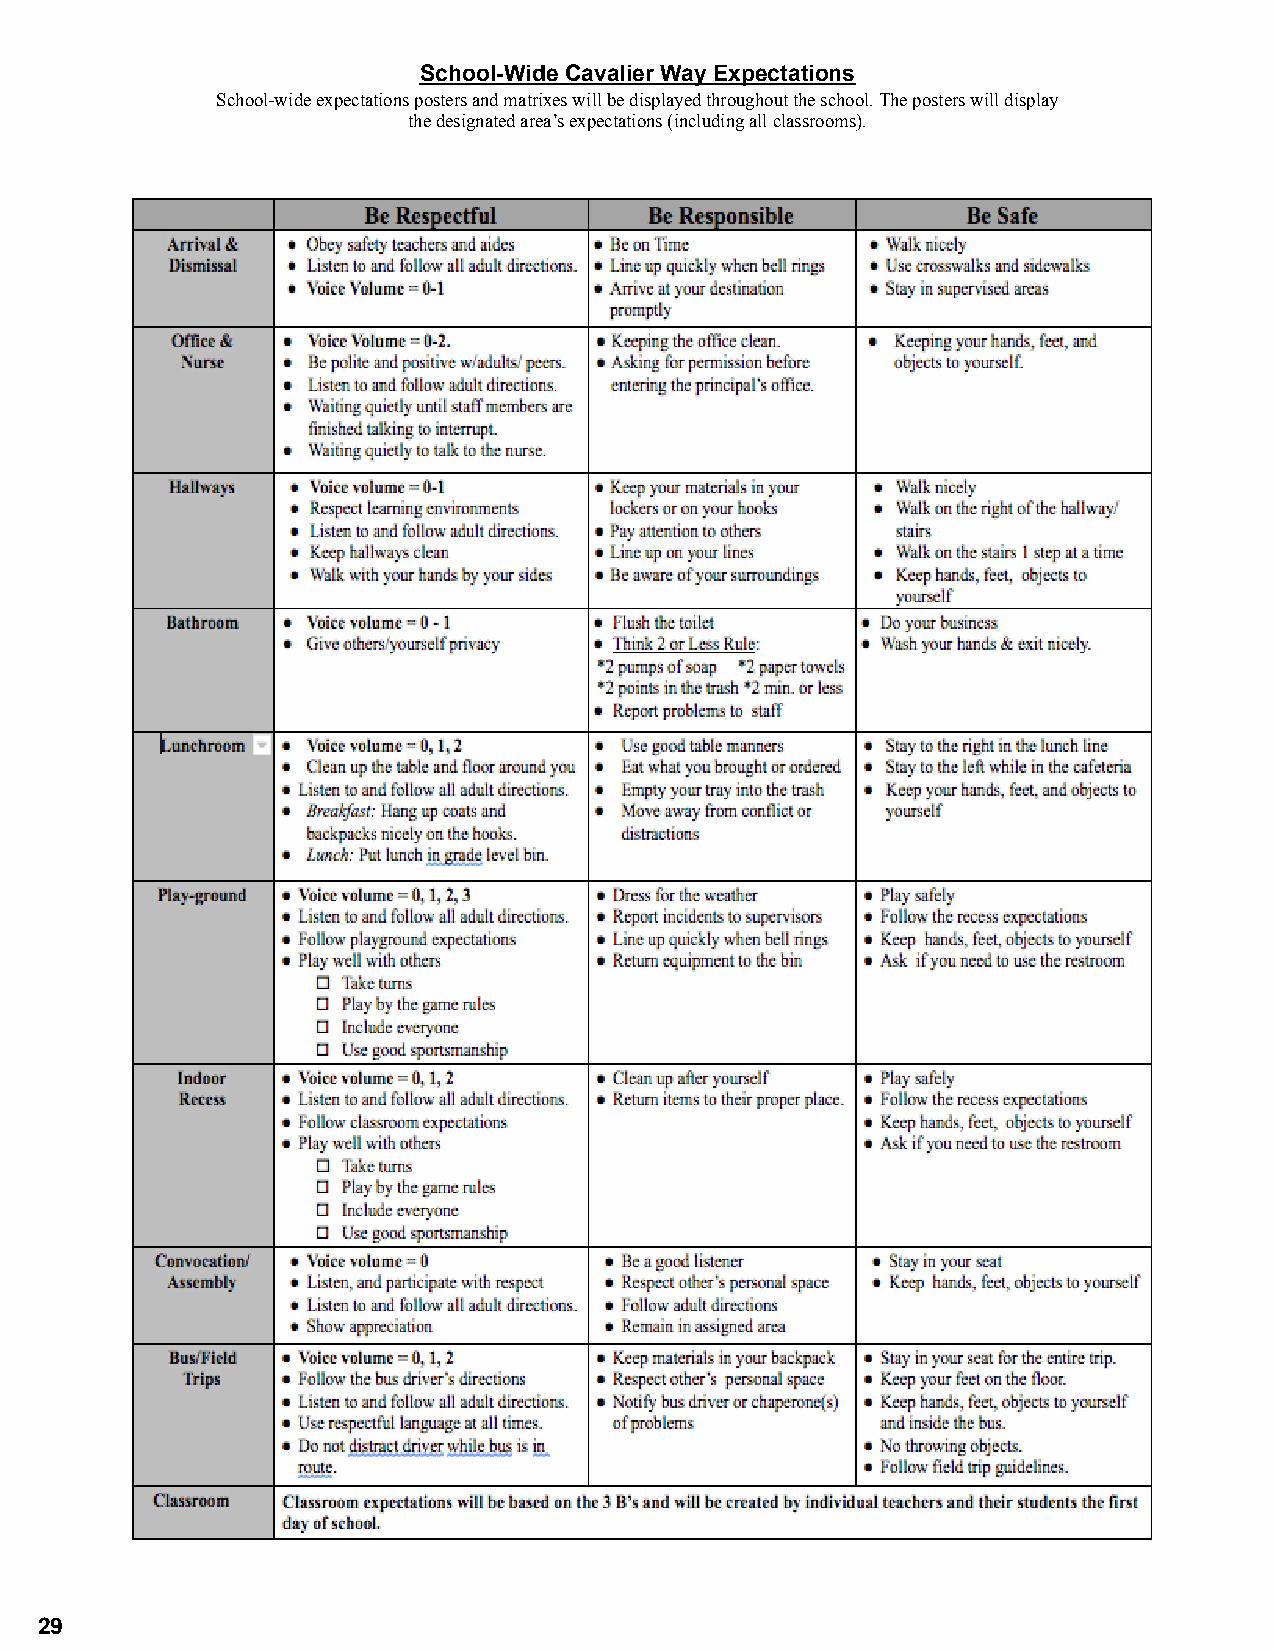
School-Wide Cavalier Way Expectations
 School-wide expectations posters and matrixes willbe displayed throughout the school. The posters willdisplay
 the designated area’s expectations (including allclassrooms).
 29